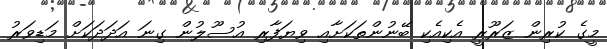
މީގެ ކުރިން ޒަަރޫރީ އެކިއެކި ބޭނުންތަކަށާއި ވިޔަފާރި އުސޫލުން ގިނަ އަދަދަކަށް މަޑިވަރު